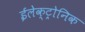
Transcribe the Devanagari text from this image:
ईलेक्ट्रोनिक